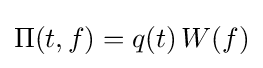
\Pi (t,f)=q(t)\,W(f)